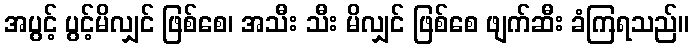
အပွင့် ပွင့်မိလျှင် ဖြစ်စေ၊ အသီး သီး မိလျှင် ဖြစ်စေ ဖျက်ဆီး ခံကြရသည်။